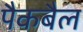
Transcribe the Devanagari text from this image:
पैकबैल